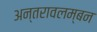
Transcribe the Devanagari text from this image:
अन्तरावलम्बन